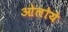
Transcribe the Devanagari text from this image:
ओलोये